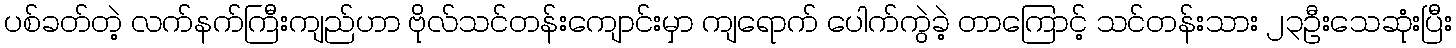
ပစ်ခတ်တဲ့ လက်နက်ကြီးကျည်ဟာ ဗိုလ်သင်တန်းကျောင်းမှာ ကျရောက် ပေါက်ကွဲခဲ့ တာကြောင့် သင်တန်းသား ၂၃ဦးသေဆုံးပြီး